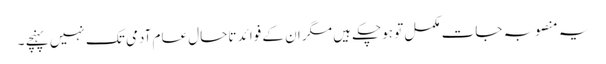
یہ منصوبہ جات مکمل تو ہوچکے ہیں مگر ان کے فوائد تاحال عام آدمی تک نہیں پہنچے ۔